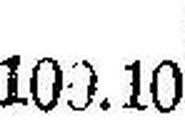
100.10